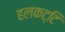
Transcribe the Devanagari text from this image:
हलकट्टि